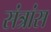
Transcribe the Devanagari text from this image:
संत्रांस